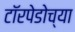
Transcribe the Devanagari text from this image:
टॉरपेडोच्या